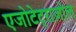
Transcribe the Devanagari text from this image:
एजोटेट्राज़ोल